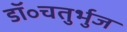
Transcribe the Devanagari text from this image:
डॉ॰चतुर्भुज